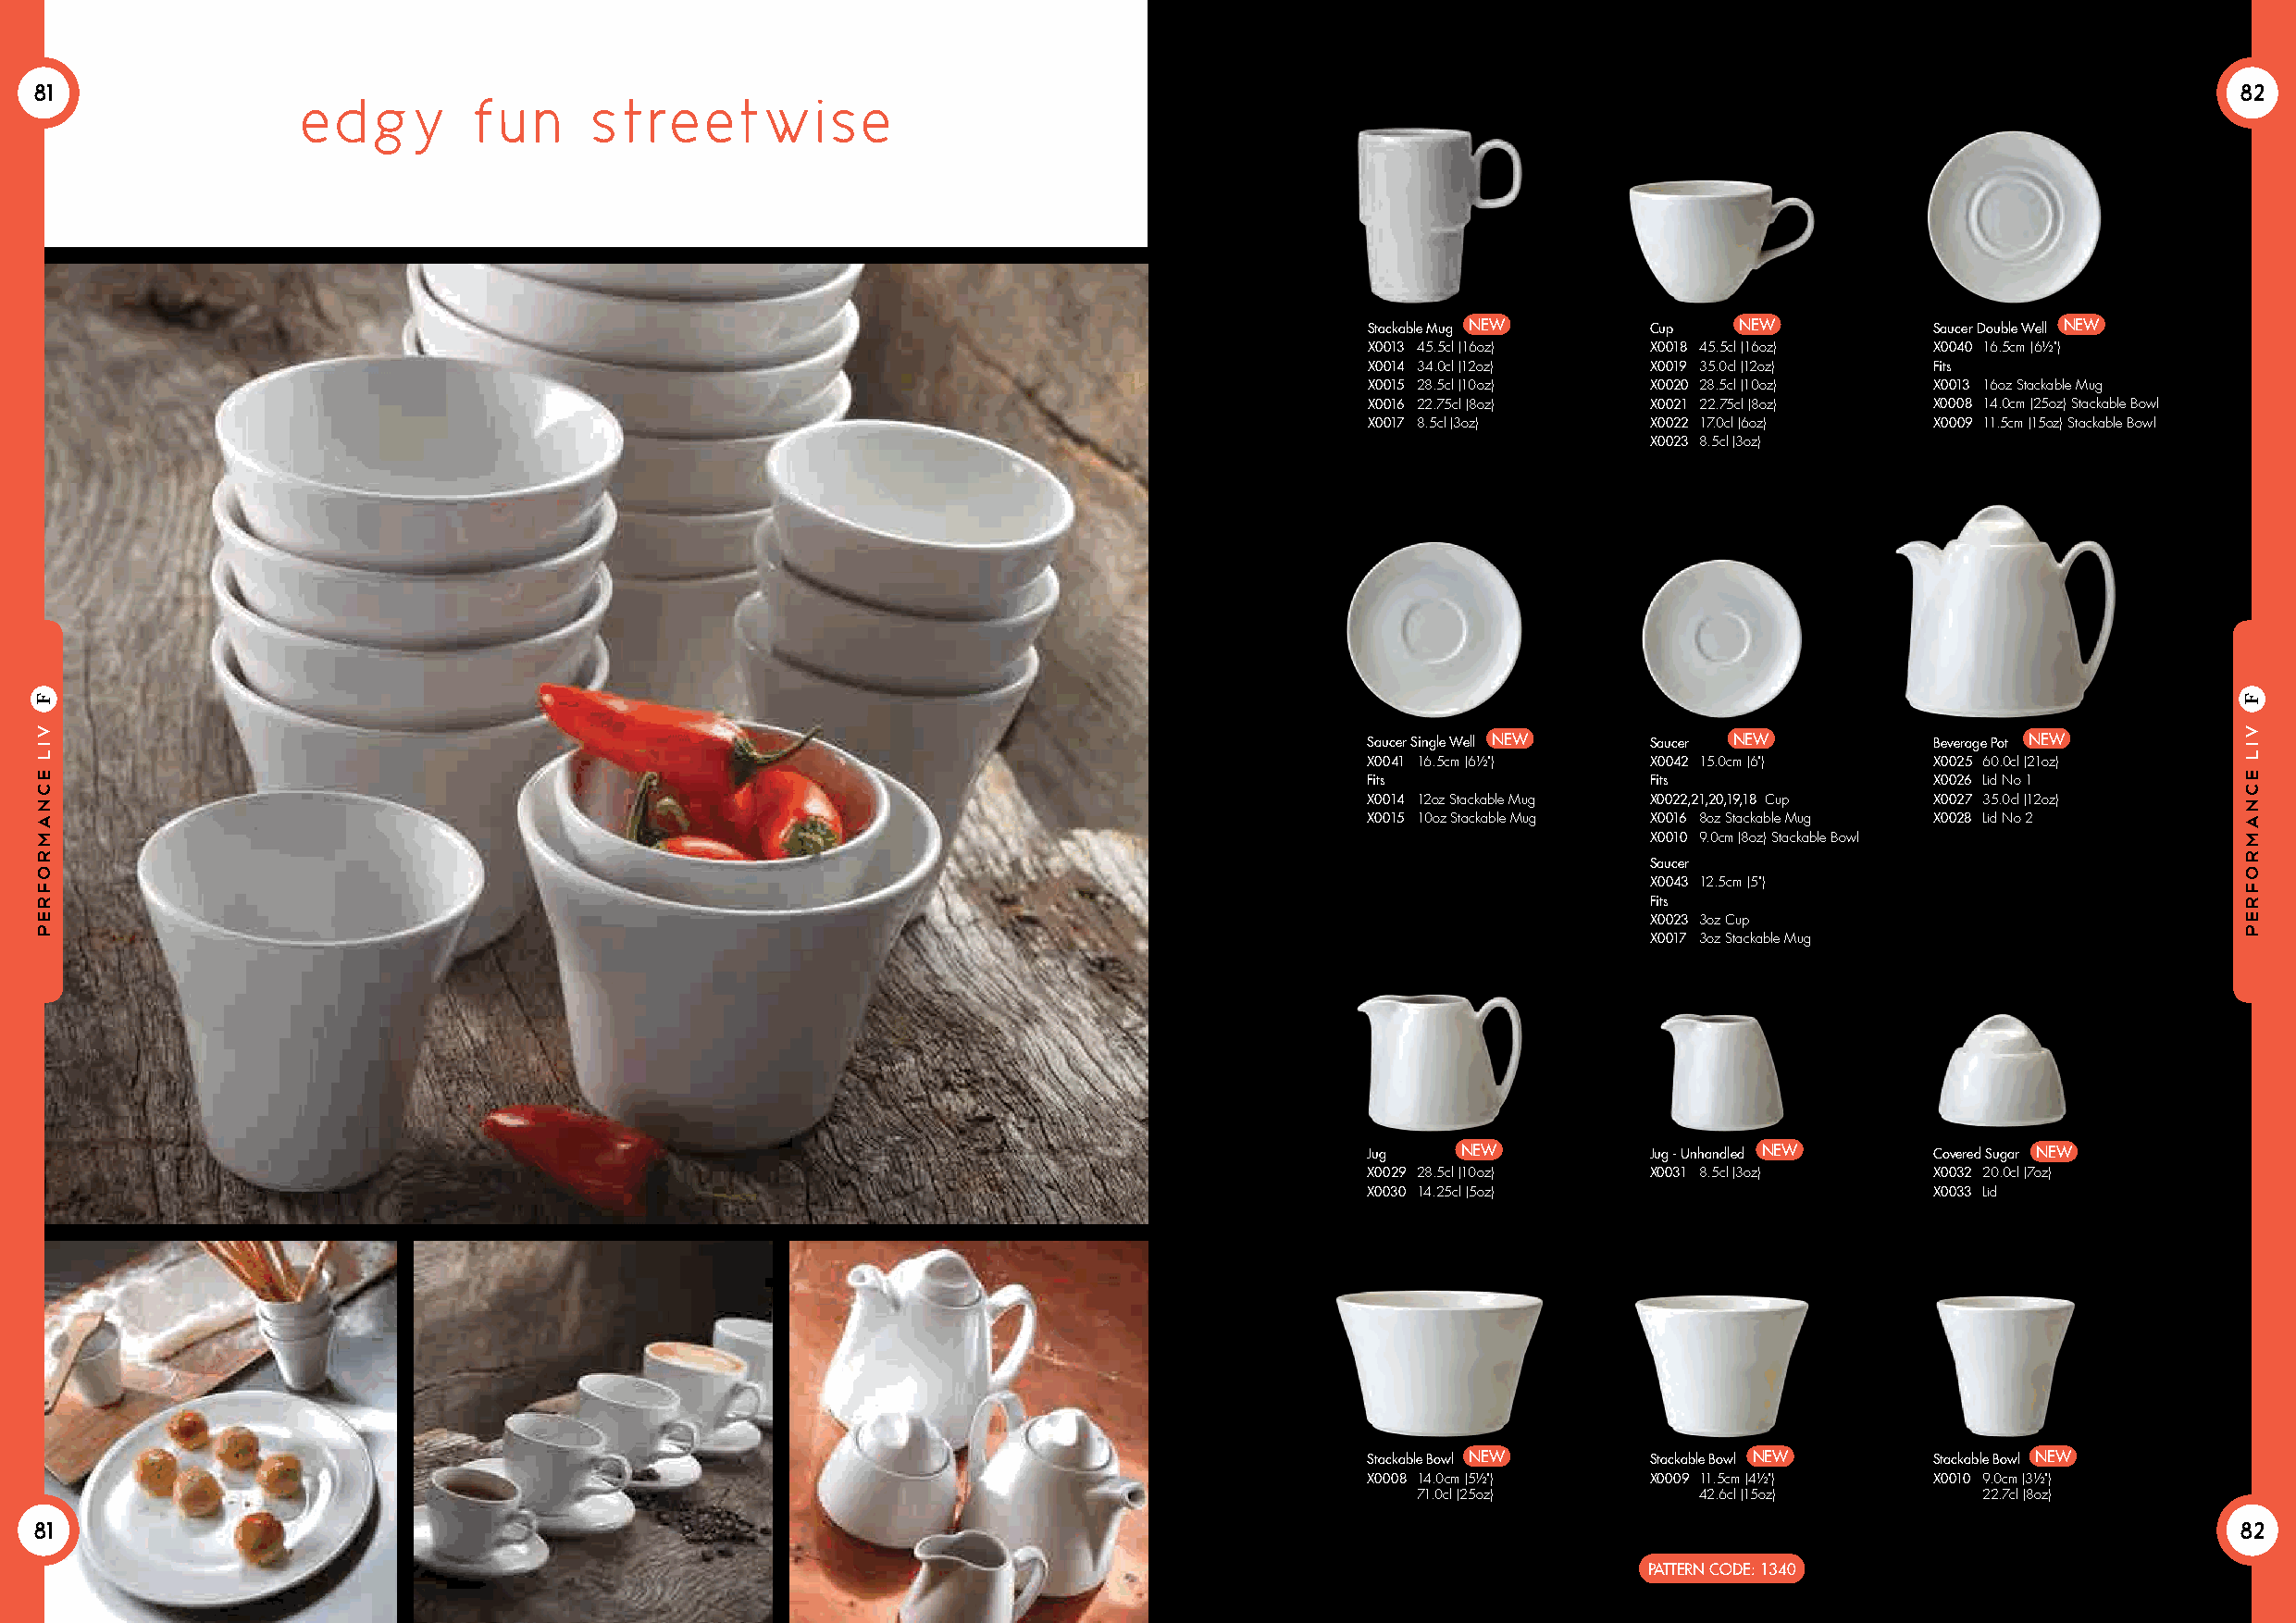
81                                                                                                                                                            82
 e dgy       fu  n   street       wise
 Stackable Mug NEW   Cup   NEW           Saucer Double Well NEW
 X0013 45.5cl (16oz) X0018 45.5cl (16oz) X0040 16.5cm (6½")
 X0014 34.0cl (12oz) X0019 35.0cl (12oz) Fits
 X0015 28.5cl (10oz) X0020 28.5cl (10oz) X0013 16oz Stackable Mug
 X0016 22.75cl (8oz) X0021 22.75cl (8oz) X0008 14.0cm (25oz) Stackable Bowl
 X0017 8.5cl (3oz)   X0022 17.0cl (6oz)  X0009 11.5cm (15oz) Stackable Bowl
 X0023 8.5cl (3oz)
 Saucer Single Well NEW Saucer NEW       Beverage Pot NEW
 X0041 16.5cm (6½")  X0042 15.0cm (6")   X0025 60.0cl (21oz)
 Fits                Fits                X0026 Lid No 1
 X0014 12oz Stackable Mug X0022,21,20,19,18 Cup X0027 35.0cl (12oz)
 X0015 10oz Stackable Mug X0016 8oz Stackable Mug X0028 Lid No 2
 X0010 9.0cm (8oz) Stackable Bowl
 Saucer
 X0043 12.5cm (5")
 Fits
 X0023 3oz Cup
 X0017 3oz Stackable Mug
 Jug   NEW           Jug - Unhandled NEW Covered Sugar NEW
 X0029 2 8.5cl (10oz) X0031 8.5cl (3oz)  X0032 20.0cl (7oz)
 X0030 1 4.25cl (5oz)                    X0033 Lid
 Stackable Bowl NEW  Stackable Bowl NEW  Stackable Bowl NEW
 X0008 1 4.0cm (5½") X0009 11.5cm (4½")  X0010 9.0cm (3½")
 71.0cl (25oz)        42.6cl (15oz)       22.7cl (8oz)
 81                                                                                                                                                            82
 PATTERN CODE: 1340
 vil
 ecnamrofrep
 F
 vil
 ecnamrofrep
 F